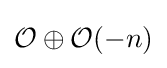
{\mathcal {O}}\oplus {\mathcal {O}}(-n)